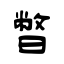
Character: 暼